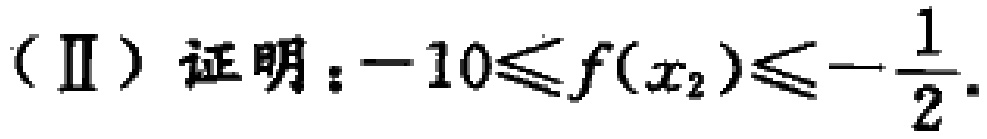
（Ⅱ）证明：\(-10\leqslant f(x_{2})\leqslant -\frac{1}{2}\)